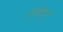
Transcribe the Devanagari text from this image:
चमेरा